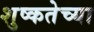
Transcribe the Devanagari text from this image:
शुष्कतेच्या